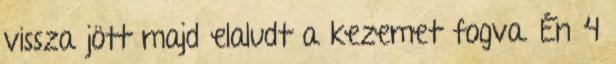
vissza jött majd elaludt a kezemet fogva. Én 4